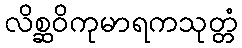
လိစ္ဆဝိကုမာရကသုတ္တံ